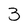
Character: 3